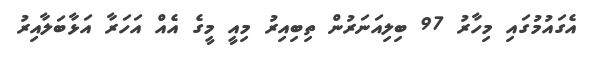
އެގައުމުގައި މިހާރު 97 ބިލިއަނަރުން ތިބިއިރު މިއީ މީގެ އެއް އަހަރާ އަޅާބަލާއިރު